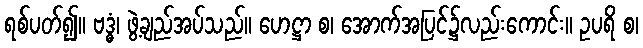
ရစ်ပတ်၍။ ဗဒ္ဓံ၊ ဖွဲ့ချည်အပ်သည်။ ဟေဋ္ဌာ စ၊ အောက်အပြင်၌လည်းကောင်း။ ဥပရိ စ၊